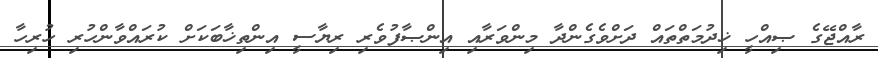
ރާއްޖޭގެ ޞިއްހީ ޚިދުމަތްތައް ދަށްވެގެންދާ މިންވަރާއި އިންޞާފުވެރި ރިޔާސީ އިންތިޚާބަކަށް ކުރައްވާންހުރި ހުރިހާ